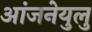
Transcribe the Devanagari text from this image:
आंजनेयुलु